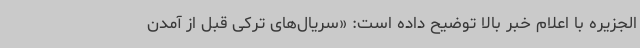
الجزیره با اعلام خبر بالا توضیح داده است: «سریال‌های ترکی قبل از آمدن